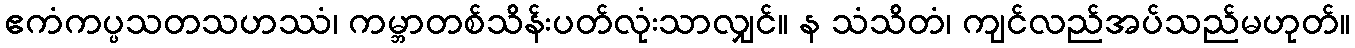
ဧကံကပ္ပသတသဟဿံ၊ ကမ္ဘာတစ်သိန်းပတ်လုံးသာလျှင်။ န သံသိတံ၊ ကျင်လည်အပ်သည်မဟုတ်။